65_HS1-834228961_62-HQ-83894_SUB_A
Agency: FBI
Page 109
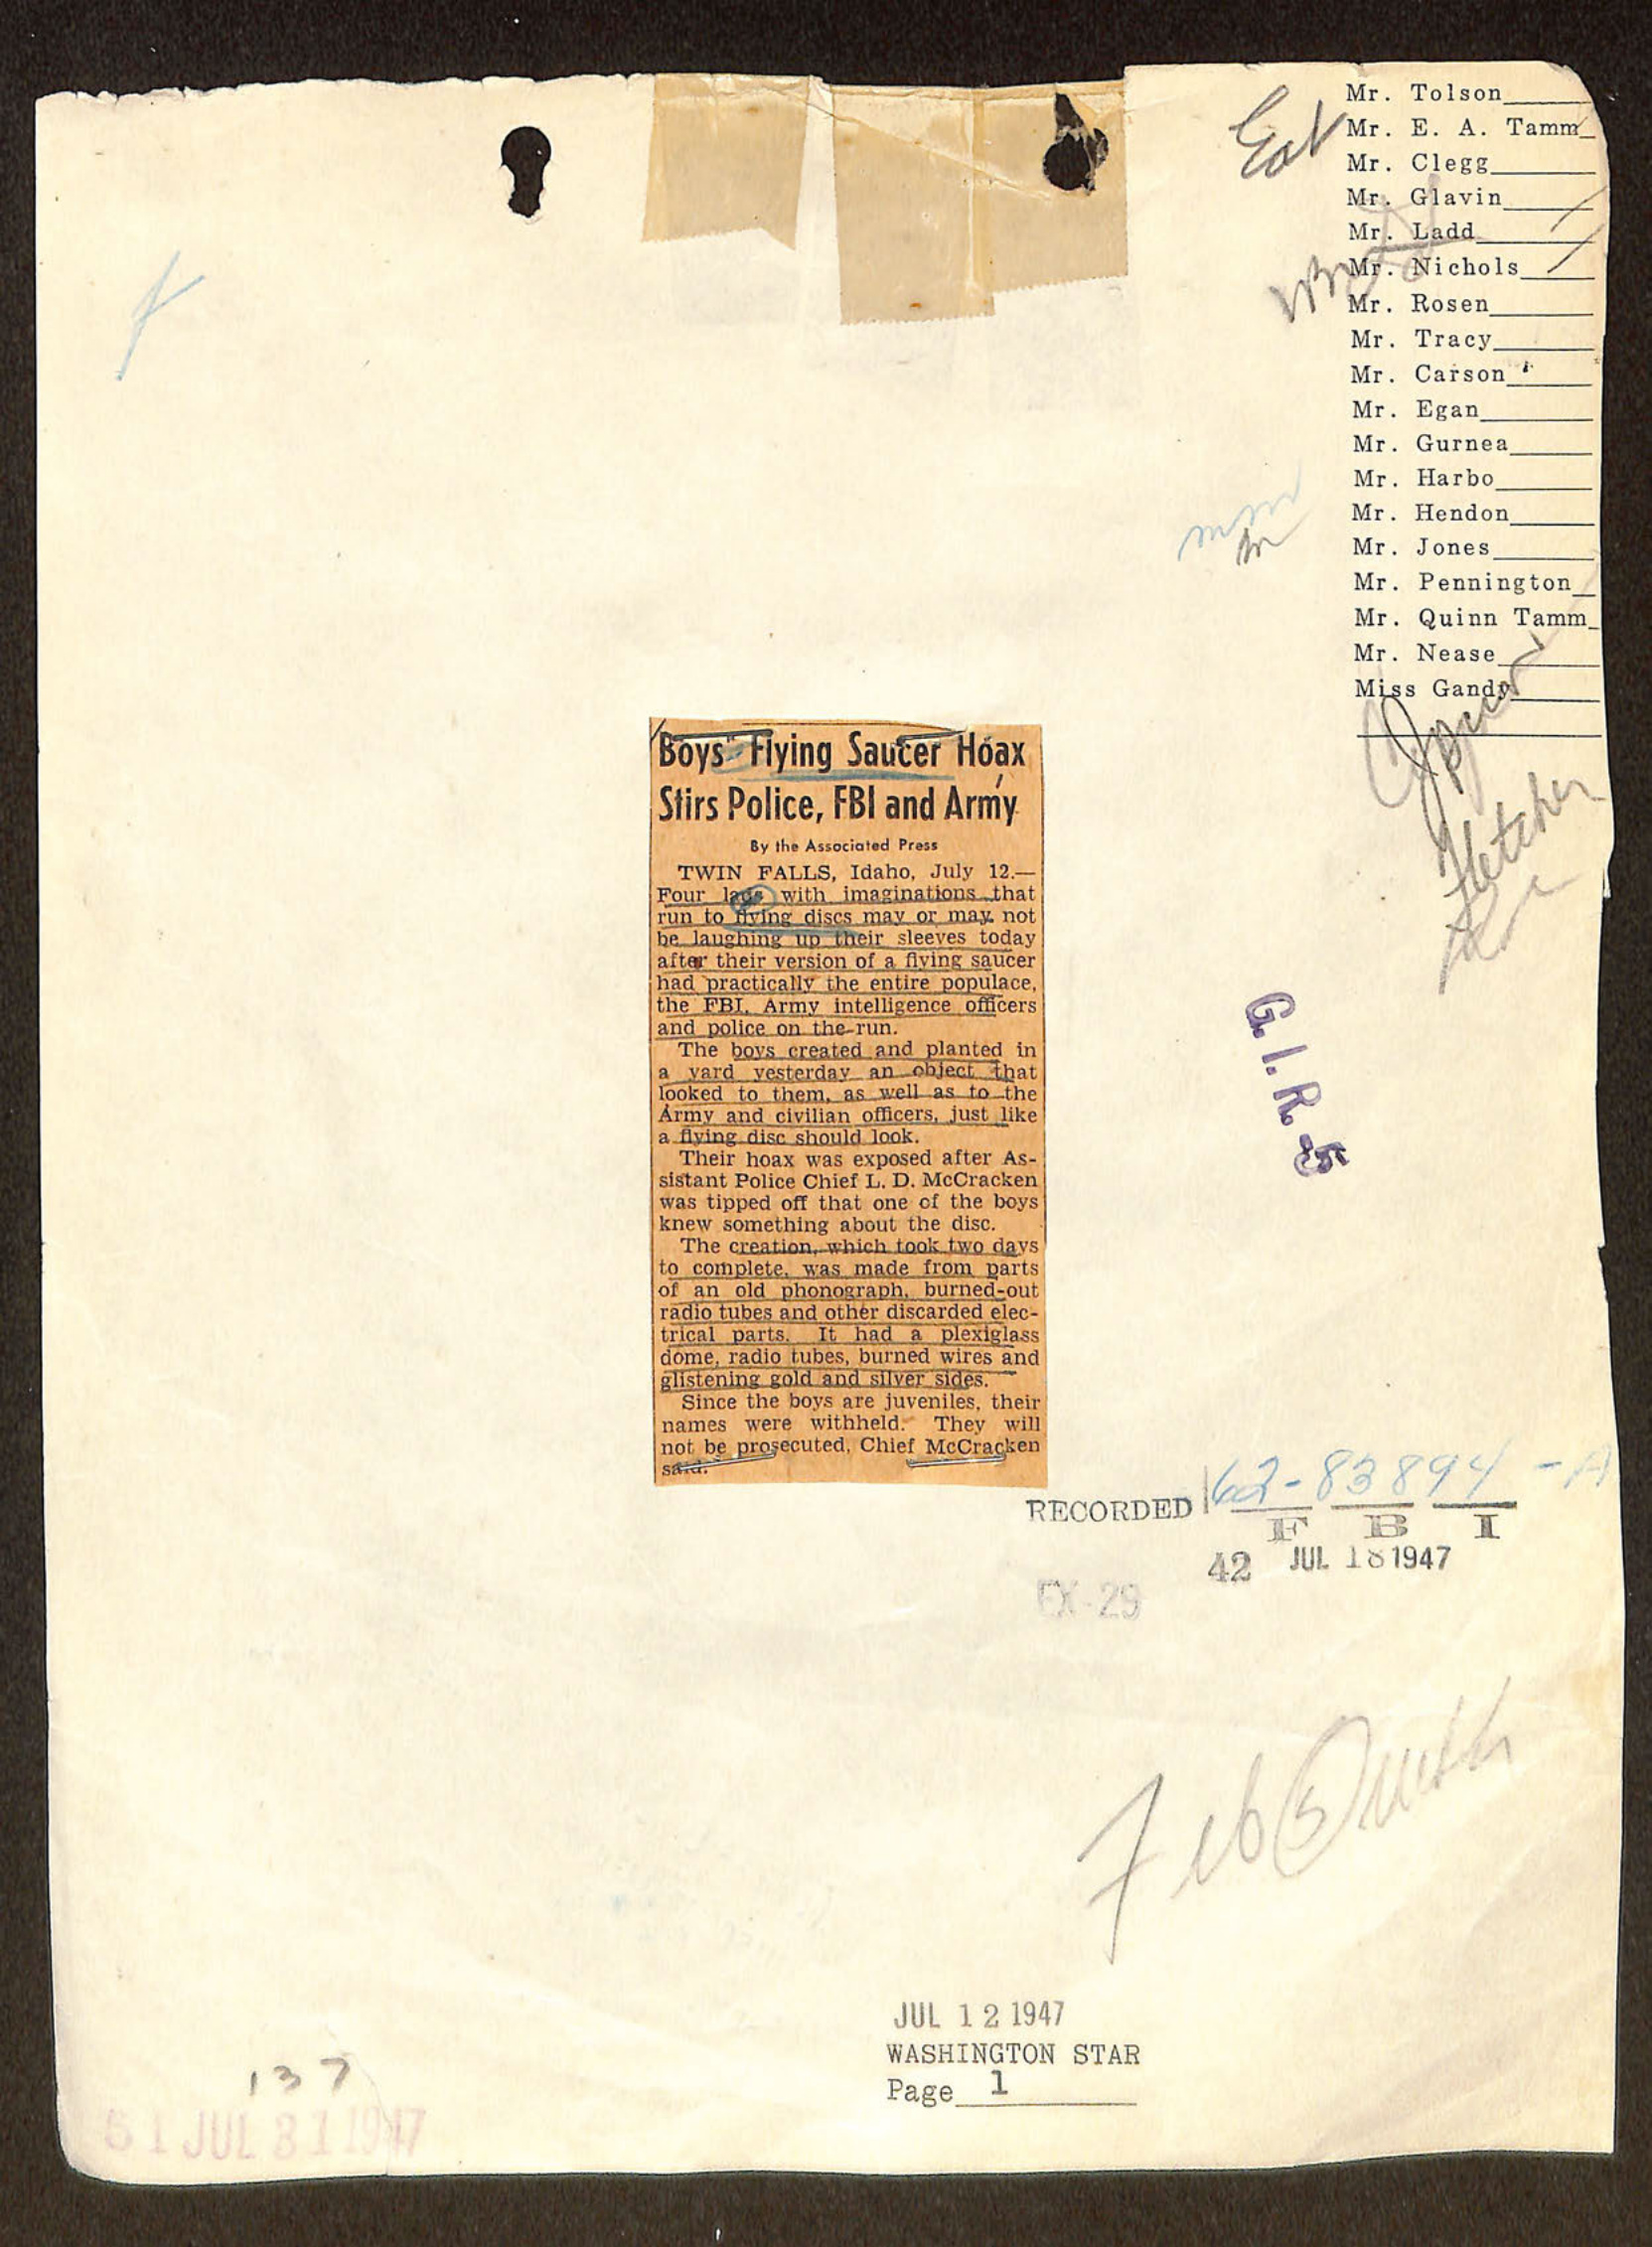